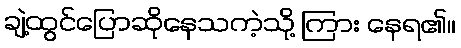
ချဲ့ထွင်ပြောဆိုနေသကဲ့သို့ ကြား နေရ၏။